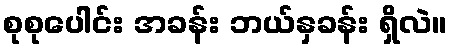
စုစုပေါင်း အခန်း ဘယ်နှခန်း ရှိလဲ။